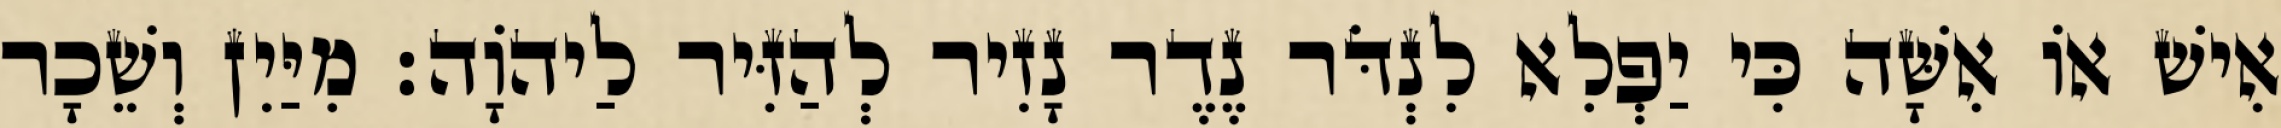
אִישׁ אוֹ אִשָּׁה כִּי יַפְלִא לִנְדֹּר נֶדֶר נָזִיר לְהַזִּיר לַיהוָֹה׃ מִיַּיִן וְשֵׁכָר